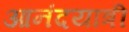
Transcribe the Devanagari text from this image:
आनंदयात्री